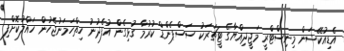
އެޑިއުކޭޝަން މިނިސްޓްރީ މަޖީދިއްޔާގެ ޓީޗަރަކު ސަސްޕެންޑް ކުރުމާ ގުޅިގެން އުފެދުނު ހިތްހަމަނުޖެހުން ހައްލުކޮށްފި